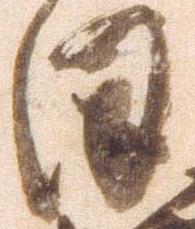
日